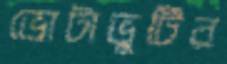
ভোটাভুটির